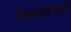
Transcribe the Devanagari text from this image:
निष्ठावंतानी